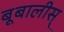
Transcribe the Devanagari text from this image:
बूबालीस्